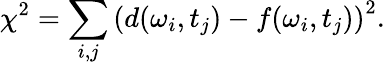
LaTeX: \chi^{2}=\sum_{i,j}\left(d(\omega_{i},t_{j})-f(\omega_{i},t_{j})\right)^{2}.